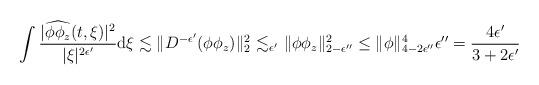
LaTeX: \begin{align*}\int\frac{|\widehat{\phi\phi_z}(t,\xi)|^2}{|\xi|^{2\epsilon'}}\mathrm{d}\xi\lesssim \|D^{-\epsilon'}(\phi\phi_z)\|_2^2\mathop{\,\lesssim_{\epsilon'}\,}_{\mathclap{\substack{\\\\\\}}}\|\phi\phi_z\|_{2-\epsilon''}^2\leq \|\phi\|_{4-2\epsilon''}^4\epsilon''=\frac{4\epsilon'}{3+2\epsilon'}\end{align*}